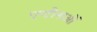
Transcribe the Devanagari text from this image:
एन्टीनाओं